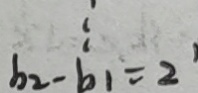
b _ { 2 } - b _ { 1 } = 2 ^ { 1 }